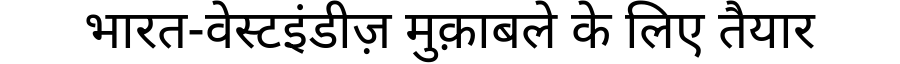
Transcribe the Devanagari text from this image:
भारत-वेस्टइंडीज़ मुक़ाबले के लिए तैयार